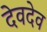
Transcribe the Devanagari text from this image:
देवदेव